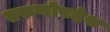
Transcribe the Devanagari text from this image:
तरुणोपदेश